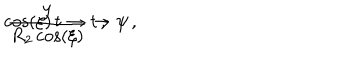
\cos \left( \xi \right) \, t \to t \, , \hspace { . 5 c m } \frac { y } { R _ { 2 } \cos \left( \xi \right) } \to \psi \, ,